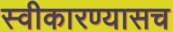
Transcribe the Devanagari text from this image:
स्वीकारण्यासच